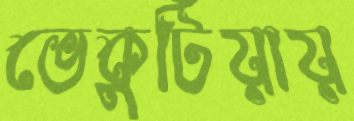
ভেকুটিয়ায়